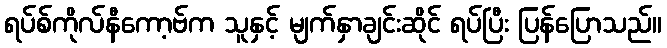
ရပ်စ်ကိုလ်နီကော့ဗ်က သူနှင့် မျက်နှာချင်းဆိုင် ရပ်ပြီး ပြန်ပြောသည်။